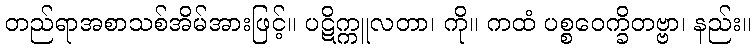
တည်ရာအစာသစ်အိမ်အားဖြင့်။ ပဋိက္ကူလတာ၊ ကို။ ကထံ ပစ္စဝေက္ခိတဗ္ဗာ၊ နည်း။